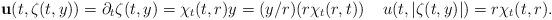
LaTeX: \begin{align*}\mathbf{u}(t,\zeta(t,y))=\partial_t \zeta(t,y) = \chi_t(t,r) y = (y/r) (r \chi_t (r,t)) \; \; \; \;u(t,|\zeta(t,y)|)=r \chi_t (t,r).\end{align*}